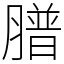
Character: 𦡮